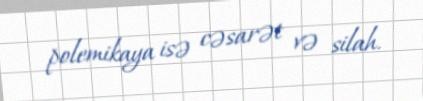
polemikaya isə cəsarət və silah.